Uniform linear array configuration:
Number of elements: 8
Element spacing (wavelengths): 1
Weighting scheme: kaiser
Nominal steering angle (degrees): -45
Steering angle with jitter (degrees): -44.947
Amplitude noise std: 0.05
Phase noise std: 0.05

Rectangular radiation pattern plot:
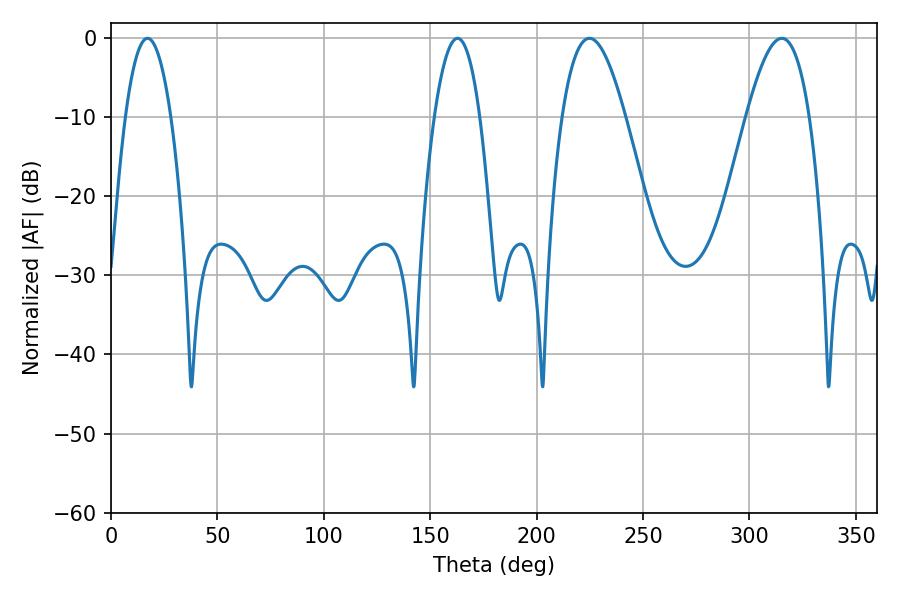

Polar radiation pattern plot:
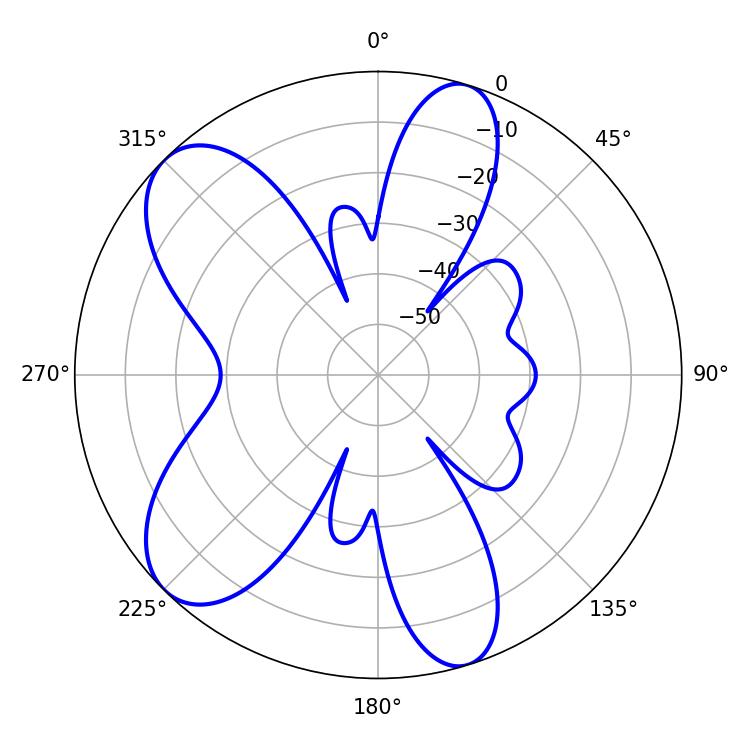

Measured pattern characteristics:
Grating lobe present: TRUE
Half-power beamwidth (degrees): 16.2
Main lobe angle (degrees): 224.82